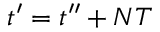
t ^ { \prime } = t ^ { \prime \prime } + N T